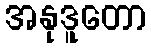
အနုဒူတော